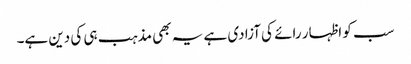
سب کو اظہار رائے کی آزادی ہے یہ بھی مذہب ہی کی دین ہے۔